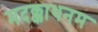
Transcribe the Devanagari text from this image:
मदक्काथनम